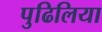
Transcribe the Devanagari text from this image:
पुढिलिया